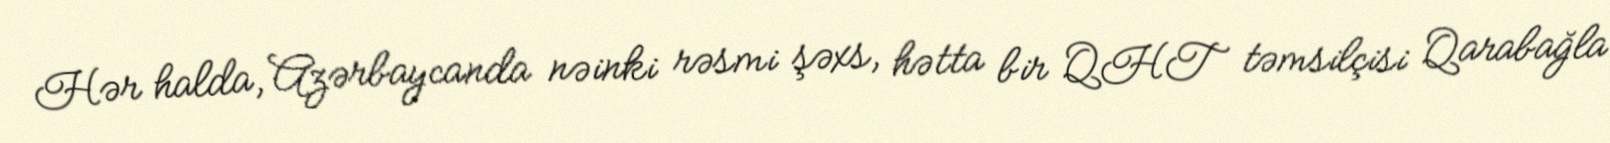
Hər halda, Azərbaycanda nəinki rəsmi şəxs, hətta bir QHT təmsilçisi Qarabağla